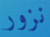
نزور